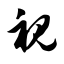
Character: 视